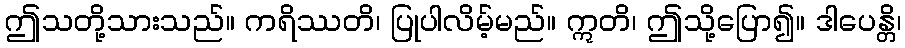
ဤသတို့သားသည်။ ကရိဿတိ၊ ပြုပါလိမ့်မည်။ ဣတိ၊ ဤသို့ပြော၍။ ဒါပေန္တိ၊